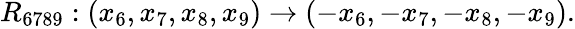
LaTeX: R_{6789}:(x_{6},x_{7},x_{8},x_{9})\rightarrow(-x_{6},-x_{7},-x_{8},-x_{9}).